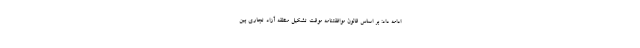
ادامه داد: بر اساس قانون موافقتنامه موقت تشکیل منطقه آزاد تجاری بین